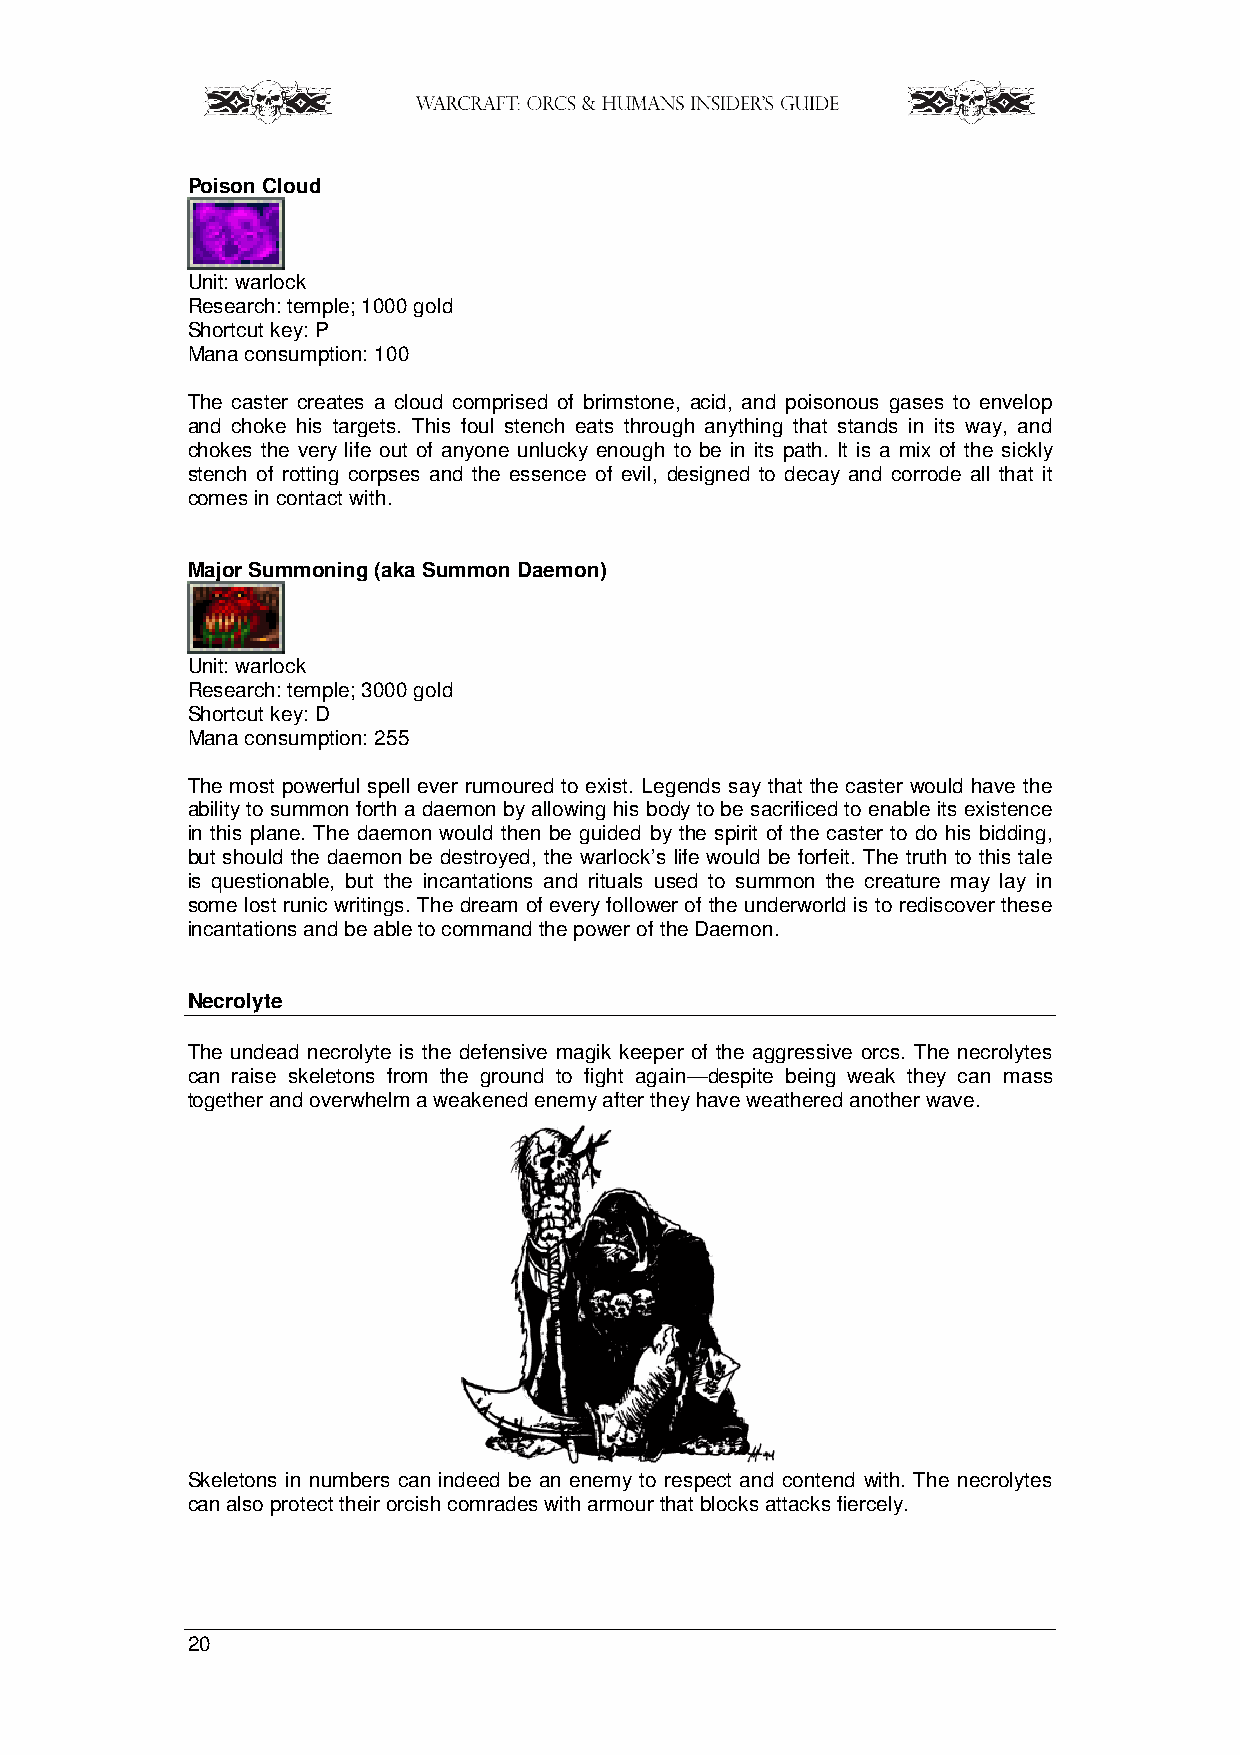
Poison Cloud
 Unit: warlock
 Research: temple; 1000 gold
 Shortcut key: P
 Mana consumption: 100
 The caster creates a cloud comprised of brimstone, acid, and poisonous gases to envelop
 and choke his targets. This foul stench eats through anything that stands in its way, and
 chokes the very life out of anyone unlucky enough to be in its path. It is a mix of the sickly
 stench of rotting corpses and the essence of evil, designed to decay and corrode all that it
 comes in contact with.
 Major Summoning (aka Summon Daemon)
 Unit: warlock
 Research: temple; 3000 gold
 Shortcut key: D
 Mana consumption: 255
 The most powerful spell ever rumoured to exist. Legends say that the caster would have the
 ability to summon forth a daemon by allowing his body to be sacrificed to enable its existence
 in this plane. The daemon would then be guided by the spirit of the caster to do his bidding,
 but should the daemon be destroyed, the warlock’s life would be forfeit. The truth to this tale
 is questionable, but the incantations and rituals used to summon the creature may lay in
 some lost runic writings. The dream of every follower of the underworld is to rediscover these
 incantations and be able to command the power of the Daemon.
 Necrolyte
 The undead necrolyte is the defensive magik keeper of the aggressive orcs. The necrolytes
 can raise skeletons from the ground to fight again—despite being weak they can mass
 together and overwhelm a weakened enemy after they have weathered another wave.
 Skeletons in numbers can indeed be an enemy to respect and contend with. The necrolytes
 can also protect their orcish comrades with armour that blocks attacks fiercely.
 20